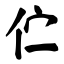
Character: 伫